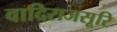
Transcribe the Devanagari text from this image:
वादिराजसूरि